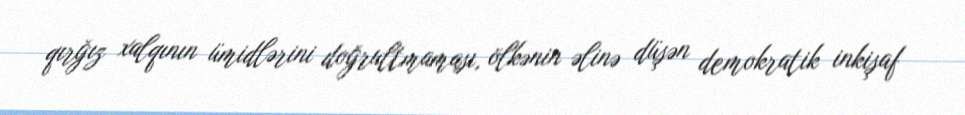
qırğız xalqının ümidlərini doğrultmaması, ölkənin əlinə düşən demokratik inkişaf